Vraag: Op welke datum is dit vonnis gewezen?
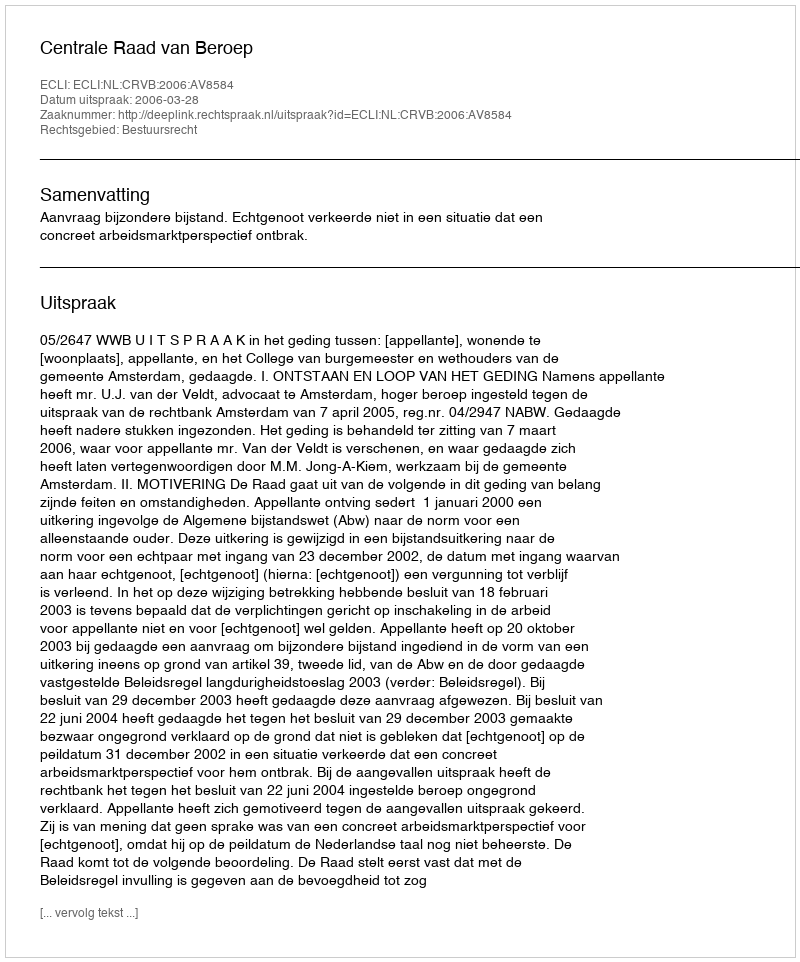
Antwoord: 2006-03-28